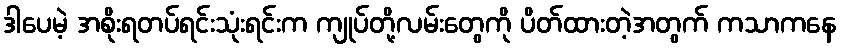
ဒါပေမဲ့ အစိုးရတပ်ရင်းသုံးရင်းက ကျုပ်တို့လမ်းတွေကို ပိတ်ထားတဲ့အတွက် ကသာကနေ